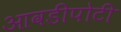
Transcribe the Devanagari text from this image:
आवडीपोटी